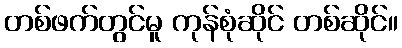
တစ်ဖက်တွင်မူ ကုန်စုံဆိုင် တစ်ဆိုင်။